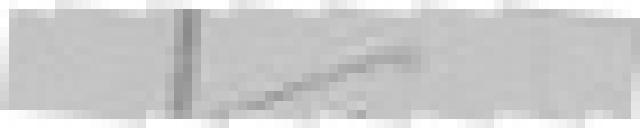
????